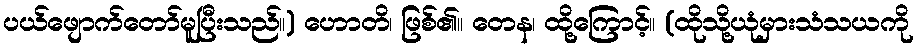
ပယ်ဖျောက်တော်မူပြီးသည်။) ဟောတိ၊ ဖြစ်၏။ တေန၊ ထို့ကြောင့်။ (ထိုသို့ယုံမှားသံသယကို